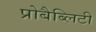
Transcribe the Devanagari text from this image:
प्रोबैब्लिटी